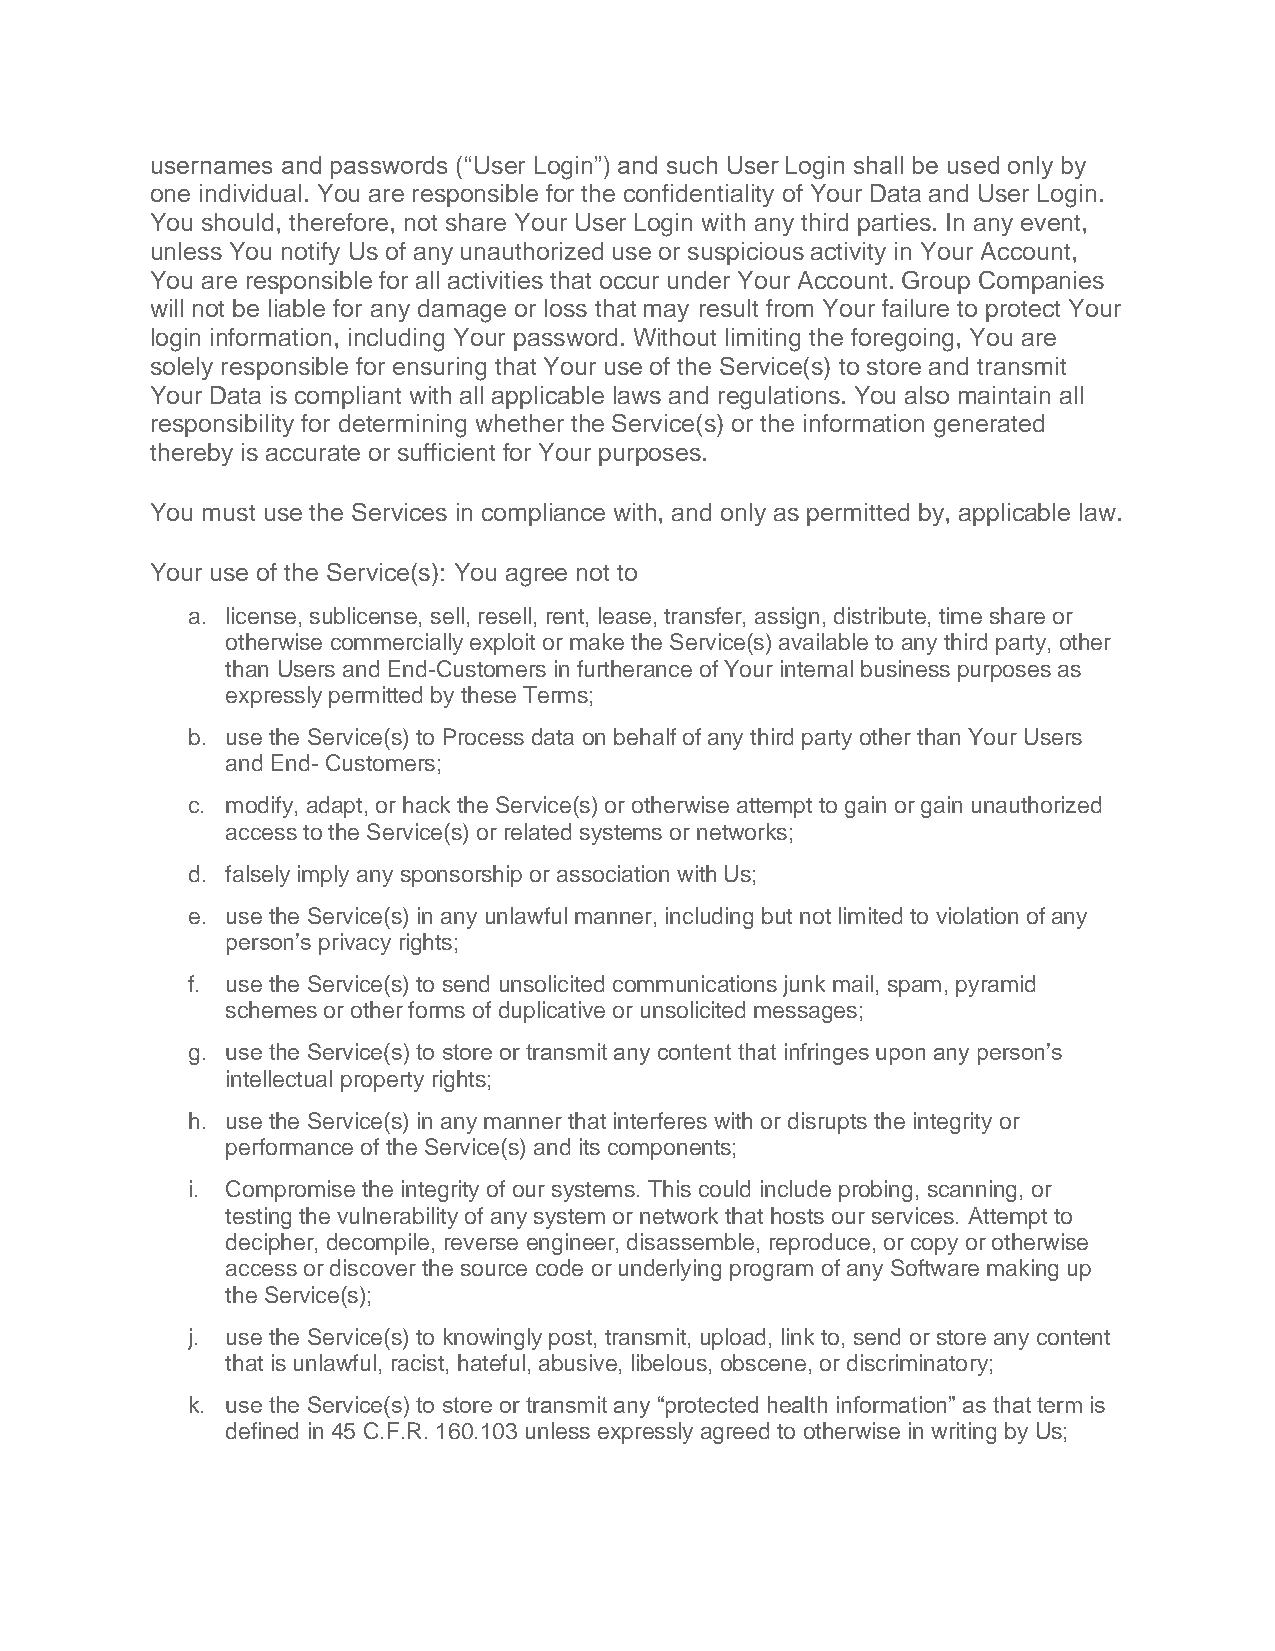
usernames and passwords (“User Login”) and such User Login shall be used only by
 one individual. You are responsible for the confidentiality of Your Data and User Login.
 You should, therefore, not share Your User Login with any third parties. In any event,
 unless You notify Us of any unauthorized use or suspicious activity in Your Account,
 You are responsible for all activities that occur under Your Account. Group Companies
 will not be liable for any damage or loss that may result from Your failure to protect Your
 login information, including Your password. Without limiting the foregoing, You are
 solely responsible for ensuring that Your use of the Service(s) to store and transmit
 Your Data is compliant with all applicable laws and regulations. You also maintain all
 responsibility for determining whether the Service(s) or the information generated
 thereby is accurate or sufficient for Your purposes.
 You must use the Services in compliance with, and only as permitted by, applicable law.
 Your use of the Service(s): You agree not to
 a. license, sublicense, sell, resell, rent, lease, transfer, assign, distribute, time share or
 otherwise commercially exploit or make the Service(s) available to any third party, other
 than Users and End-Customers in furtherance of Your internal business purposes as
 expressly permitted by these Terms;
 b. use the Service(s) to Process data on behalf of any third party other than Your Users
 and End- Customers;
 c. modify, adapt, or hack the Service(s) or otherwise attempt to gain or gain unauthorized
 access to the Service(s) or related systems or networks;
 d. falsely imply any sponsorship or association with Us;
 e. use the Service(s) in any unlawful manner, including but not limited to violation of any
 person’s privacy rights;
 f. use the Service(s) to send unsolicited communications junk mail, spam, pyramid
 schemes or other forms of duplicative or unsolicited messages;
 g. use the Service(s) to store or transmit any content that infringes upon any person’s
 intellectual property rights;
 h. use the Service(s) in any manner that interferes with or disrupts the integrity or
 performance of the Service(s) and its components;
 i. Compromise the integrity of our systems. This could include probing, scanning, or
 testing the vulnerability of any system or network that hosts our services. Attempt to
 decipher, decompile, reverse engineer, disassemble, reproduce, or copy or otherwise
 access or discover the source code or underlying program of any Software making up
 the Service(s);
 j. use the Service(s) to knowingly post, transmit, upload, link to, send or store any content
 that is unlawful, racist, hateful, abusive, libelous, obscene, or discriminatory;
 k. use the Service(s) to store or transmit any “protected health information” as that term is
 defined in 45 C.F.R. 160.103 unless expressly agreed to otherwise in writing by Us;